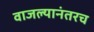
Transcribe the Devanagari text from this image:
वाजल्यानंतरच